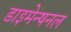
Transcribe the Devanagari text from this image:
डाइमेन्षनल